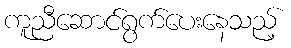
ကူညီဆောင်ရွက်ပေးနေသည့်